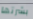
بشرتها